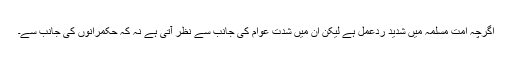
اگرچہ اُمت مسلمہ میں شدید ردعمل ہے لیکن ان میں شدت عوام کی جانب سے نظر آتی ہے نہ کہ حکمرانوں کی جانب سے۔